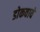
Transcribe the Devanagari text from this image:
डोकवावे